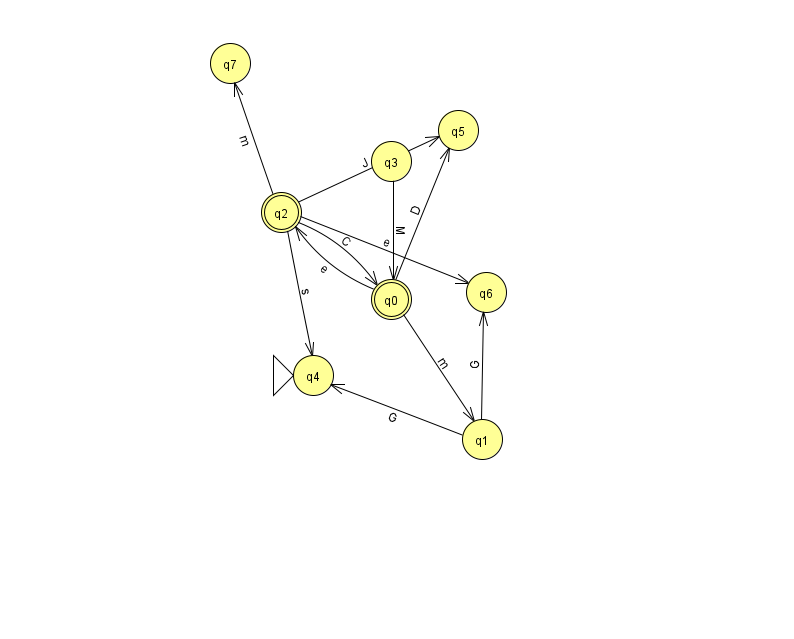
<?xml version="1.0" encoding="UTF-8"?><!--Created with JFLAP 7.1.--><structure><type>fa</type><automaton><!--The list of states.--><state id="0" name="q0"><x>391.0</x><y>286.0</y><final/></state><state id="1" name="q1"><x>482.0</x><y>426.0</y></state><state id="2" name="q2"><x>281.0</x><y>199.0</y><final/></state><state id="3" name="q3"><x>391.0</x><y>148.0</y></state><state id="4" name="q4"><x>313.0</x><y>362.0</y><initial/></state><state id="5" name="q5"><x>458.0</x><y>117.0</y></state><state id="6" name="q6"><x>486.0</x><y>279.0</y></state><state id="7" name="q7"><x>230.0</x><y>50.0</y></state><!--The list of transitions.--><transition><from>1</from><to>4</to><read>G</read></transition><transition><from>2</from><to>0</to><read>C</read></transition><transition><from>0</from><to>2</to><read>e</read></transition><transition><from>0</from><to>5</to><read>D</read></transition><transition><from>2</from><to>4</to><read>s</read></transition><transition><from>3</from><to>0</to><read>M</read></transition><transition><from>2</from><to>5</to><read>J</read></transition><transition><from>2</from><to>7</to><read>m</read></transition><transition><from>1</from><to>6</to><read>G</read></transition><transition><from>2</from><to>6</to><read>e</read></transition><transition><from>0</from><to>1</to><read>m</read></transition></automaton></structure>